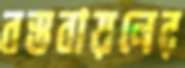
বস্তবায়নের